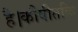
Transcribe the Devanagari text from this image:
है।कौषीतकि